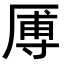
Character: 𪠑